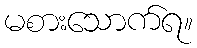
မစားသောက်ရ။